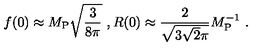
f ( 0 ) \approx M _ { \mathrm { P } } \sqrt { \frac { 3 } { 8 \pi } } \ , R ( 0 ) \approx { \frac { 2 } { \sqrt { 3 \sqrt 2 \pi } } } M _ { \mathrm { P } } ^ { - 1 } \ .